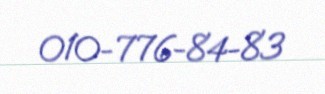
010-776-84-83